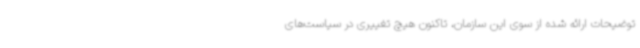
توضیحات ارائه شده از سوی این سازمان، تاکنون هیچ تغییری در سیاست‌های